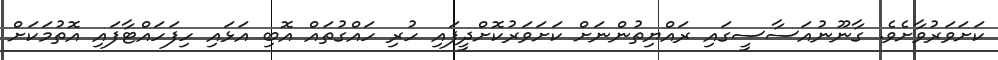
ކަށަވަރުވާށެވެ. ގާނޫނުއަސާސީގައި ރައްޔިތުންނަށް ކަށަވަރުކޮށްދީފައި ހުރި ހައްގުތައް އޮބި އަޅައި ހިފަހައްޓާފައި އޮތުމަކަށް